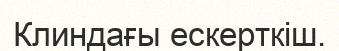
Клиндағы ескерткіш.